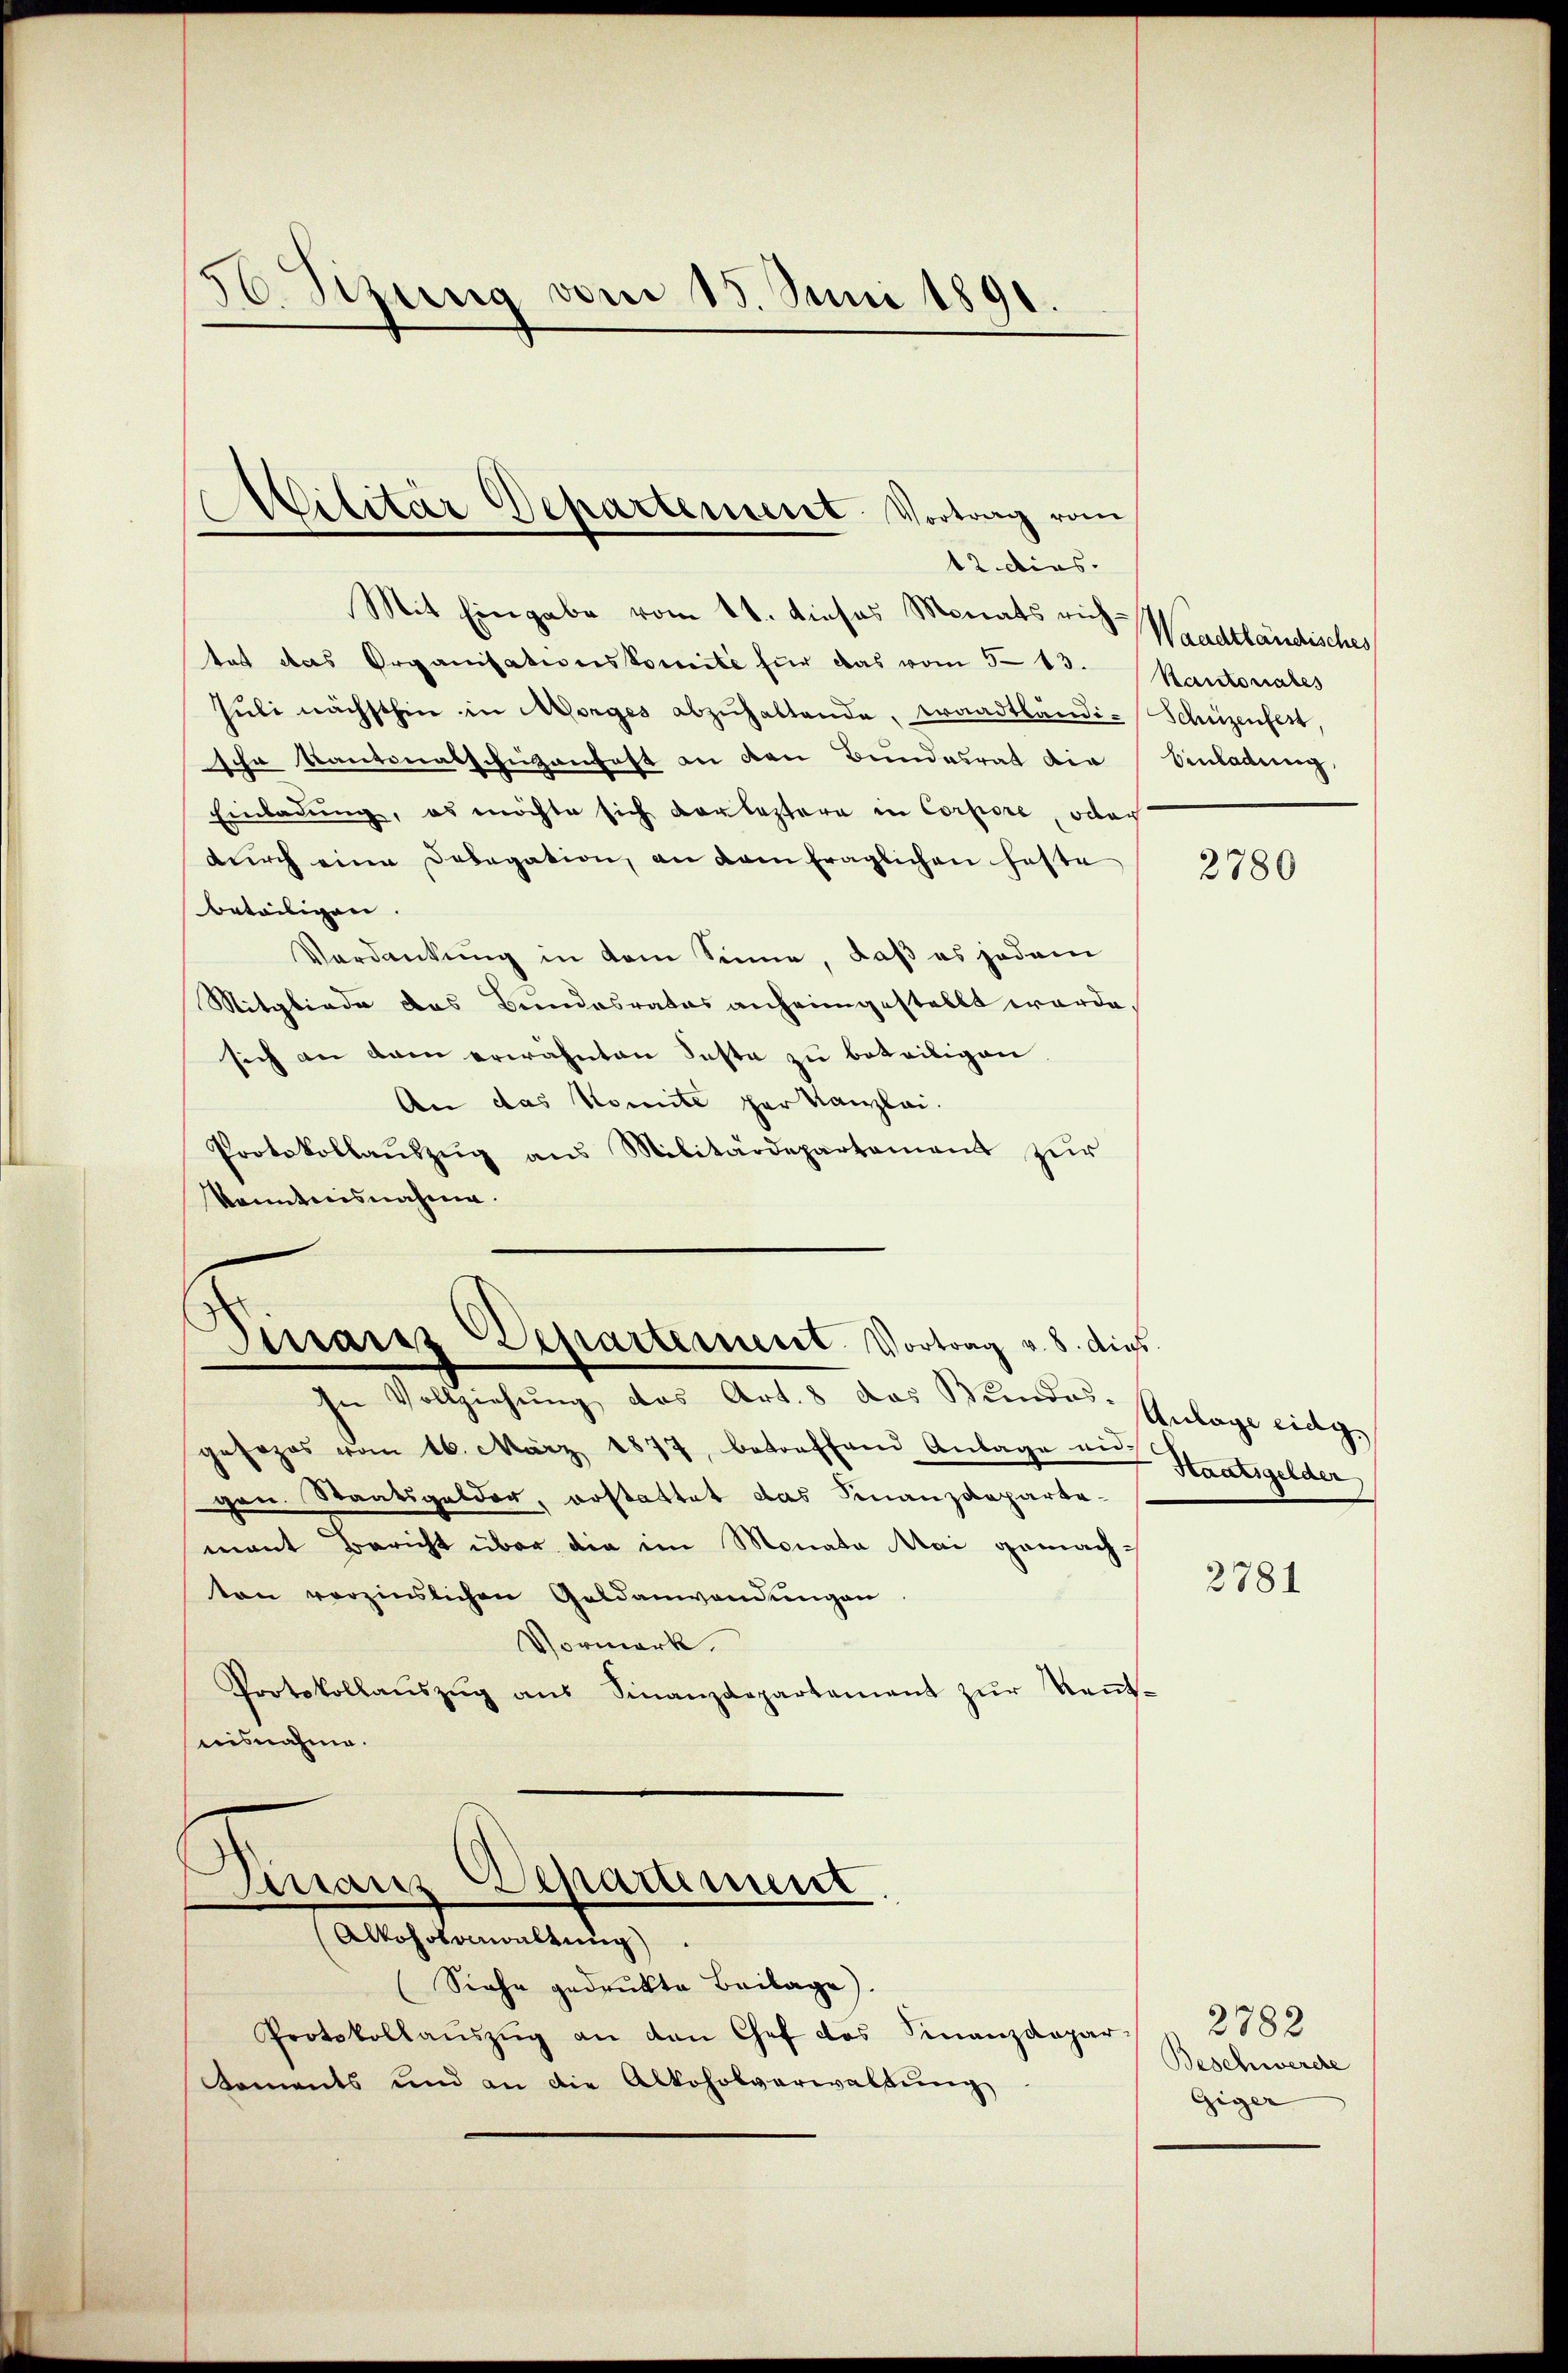
56 Sizung vom 15. Juni 1891.

Mit Eingabe vom 11. dieses Monats vis Waadtländisches
tat das Organisationskomite für das vom 5-83. Kantonales
Jŭli nächsthin in Morges abzŭhaltende waadtländi- Schüzenfest
sche Kantonalschuzanfast an den Bundesrat die
Einladung, es möchte sich vorleztere in Corpore, oder
durch eine Dosegation, an dem fraglichen feste
beteiligen.
Verdankung in dem Sinne, daß es jedem
Mitgliede das Bundesrates anheimgestellt werde,
sich an dem erwähnten Faste zu beteiligen
An das Komité par Kanzlei.
Protokollaŭszŭg ans Militärdepartement zŭr
kanntnisnahme.

Cilitar Departement Vortrag vom
12. dies.

Sinaris Departement Vortrag v. 8. dies

Vollziehung des Ant. 2. das Bundes. Anlage eilige
gesezes vom 16. März 1877, betreffend Anlage ei
gen. Staatsgelder, erstattet das Finanzdepartemant Bericht über die im Monata Mai gemachton verzinslichen Geldanwendungen
Vormerk.
Protokollaŭszŭg aŭs Finanzdepartement zŭr Keṅt-
nisnahme.

Finanz Departement
Alkoholonwaltung

Siehe gedrukte Beilage).
Protokollaŭszŭg an den Chef des Finanzdepar
Koments und an die Alkoholverwaltung

Einladung,

2780

-Staatsgelder

2781

2782
Beschwerde
Giger